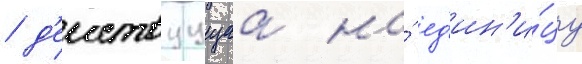
/ д'еиствуущаа на́ ед'ин'и́цу